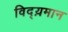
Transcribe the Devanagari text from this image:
विद्य़मान